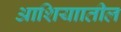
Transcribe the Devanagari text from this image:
आशियाातील